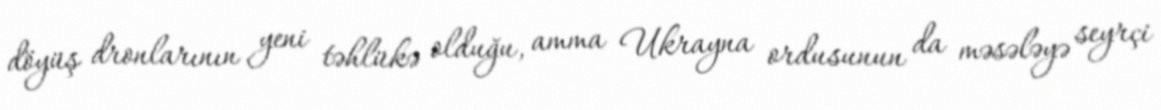
döyüş dronlarının yeni təhlükə olduğu, amma Ukrayna ordusunun da məsələyə seyrçi